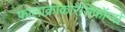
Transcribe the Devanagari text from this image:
फालाक्रोकोरैसिफॉर्म्स